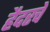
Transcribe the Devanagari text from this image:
हैदरचे